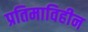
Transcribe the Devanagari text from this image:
प्रतिमाविहीन